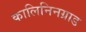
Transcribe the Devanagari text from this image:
कालिनिनग्राड